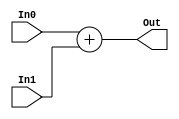
/*******************************************************
* 32 bit Adder
*
*******************************************************/


module add32 (
	     In0,
	     In1,
	     Out 
     );
 
input [31:0]  In0;
input [31:0]  In1;

output [31:0] Out;

wire [31:0]  Out;

assign Out[31:0] = In0 + In1;

endmodule